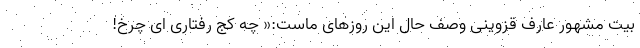
بیت مشهور عارف قزوینی وصف حال این روزهای ماست:« چه کج رفتاری ای چرخ!